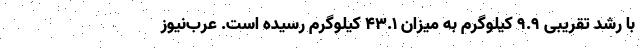
با رشد تقریبی ۹.۹ کیلوگرم به میزان ۴۳.۱ کیلوگرم رسیده است. عرب‌نیوز